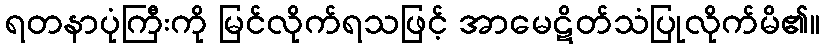
ရတနာပုံကြီးကို မြင်လိုက်ရသဖြင့် အာမေဋိတ်သံပြုလိုက်မိ၏။